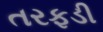
તરફડી